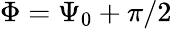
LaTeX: \Phi=\Psi_{0}+\pi/2